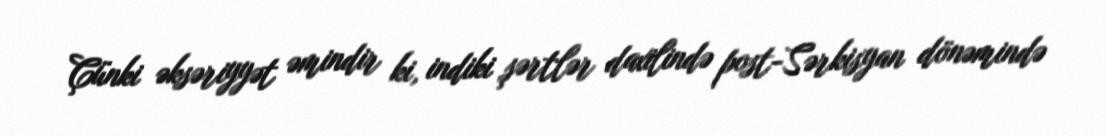
Çünki əksəriyyət əmindir ki, indiki şərtlər daxilində post-Sərkisyan dönəmində